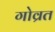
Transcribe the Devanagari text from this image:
गोव्रत